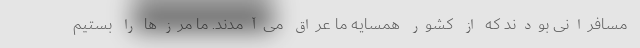
مسافرانی بودند که از کشور همسایه ما عراق می‌آمدند. ما مرزها را بستیم